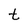
Character: t